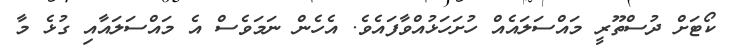
ކޯޓަށް ދުސްތޫރީ މައްސަލައެއް ހުށަހަޅުއްވާފައެވެ. އެހެން ނަމަވެސް އެ މައްސަލައާއި ގުޅެ މާ